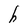
Character: h